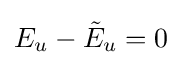
E_{u}-{\tilde {E}}_{u}=0